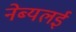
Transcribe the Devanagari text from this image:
नेब्यलई